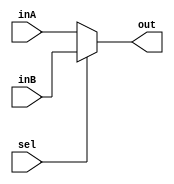
`timescale 1ns / 1ps
//////////////////////////////////////////////////////////////////////////////////
// Company: 
// Engineer: 
// 
// Design Name: 
// Module Name: Mux5Bit2To1
// Project Name: 
// Target Devices: 
// Tool Versions: 
// Description: 
// 
// Dependencies: 
// 
// Revision:
// Revision 0.01 - File Created
// Additional Comments:
// 
//////////////////////////////////////////////////////////////////////////////////


module Mux5Bit2To1(out, inA, inB, sel);

    output reg [4:0] out;
    
    input [4:0] inA;
    input [4:0] inB;
    input sel;

    always @(*)
    begin
        if (sel == 0)
        begin
            out <= inA;
        end
        else
        begin
            out <= inB;
        end
    end

endmodule